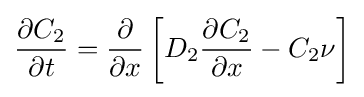
{\frac {\partial C_{2}}{\partial t}}={\frac {\partial }{\partial x}}\left[D_{2}{\frac {\partial C_{2}}{\partial x}}-C_{2}\nu \right]